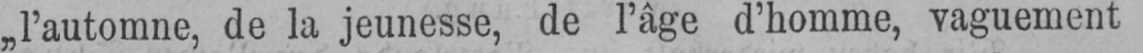
„l’automne, de la jeunesse, de l’âge d’homme, vaguement